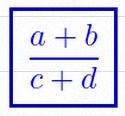
\frac{a+b}{c+d}